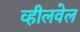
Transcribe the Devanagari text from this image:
व्हीलवेल